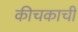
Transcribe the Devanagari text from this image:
कीचकाची